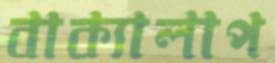
বাক্যালাপ